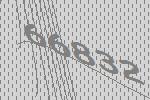
66832